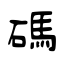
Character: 碼